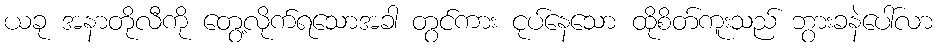
ယခု အနာတိုလီကို တွေ့လိုက်ရသောအခါ တွင်ကား ငုပ်နေသော ထိုစိတ်ကူးသည် ဘွားခနဲပေါ်လာ